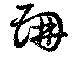
珊